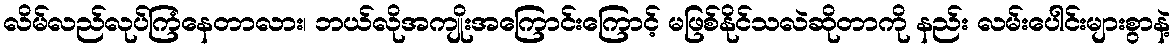
လိမ်လည်လုပ်ကြံနေတာလား၊ ဘယ်လိုအကျိုးအကြောင်းကြောင့် မဖြစ်နိုင်သလဲဆိုတာကို နည်း လမ်းပေါင်းများစွာနဲ့